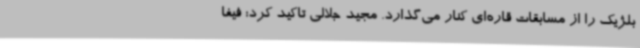
بلژیک را از مسابقات قاره‌ای کنار می‌گذارد. مجید جلالی تاکید کرد: فیفا